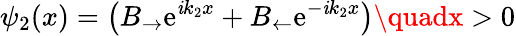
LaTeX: \psi_{2}(x)=\left(B_{\rightarrow}\mathrm{e}^{\mathit{i}k_{2}x}+B_{\leftarrow}\mathrm{e}^{-\mathit{i}k_{2}x}\right)\quadx>0